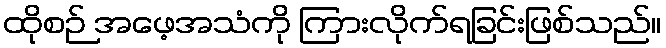
ထိုစဉ် အဖေ့အသံကို ကြားလိုက်ရခြင်းဖြစ်သည်။